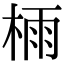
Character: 𣔯